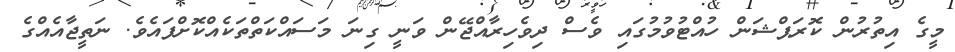
މީގެ އިތުރުން ކޮރަޕްޝަން ހުއްޓުވުމުގައި ވެސް ދިވެހިރާއްޖޭން ވަނީ ގިނަ މަސައްކަތްތަކެއްކޮށްފައެވެ. ނަތީޖާއެއްގެ